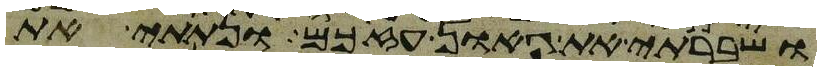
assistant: ושברתי את גאון עזכם ונתתי את